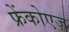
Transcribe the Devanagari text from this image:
फ्रेंकोएज़